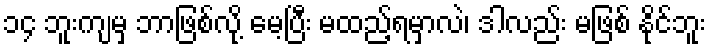
၁၄ ဘူးကျမှ ဘာဖြစ်လို့ မေ့ပြီး မထည့်ရမှာလဲ၊ ဒါလည်း မဖြစ် နိုင်ဘူး